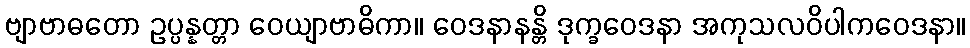
ဗျာဗာဓတော ဥပ္ပန္နတ္တာ ဝေယျာဗာဓိကာ။ ဝေဒနာနန္တိ ဒုက္ခဝေဒနာ အကုသလဝိပါကဝေဒနာ။